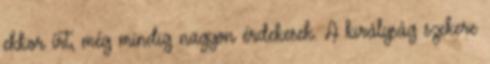
ekkor írt, még mindig nagyon érdekesek. A királyság szekere